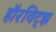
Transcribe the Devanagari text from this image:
हॉरविट्झ